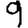
Digit: 9